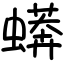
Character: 蠎